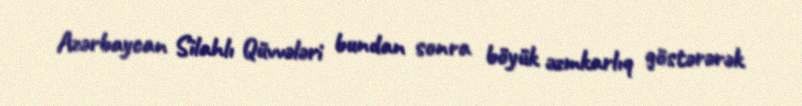
Azərbaycan Silahlı Qüvvələri bundan sonra böyük əzmkarlıq göstərərək